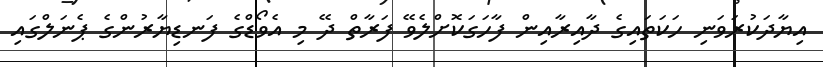
އިޔާދަކުރަވަނި ހަކަތައިގެ ދާއިރާއިން ފާހަގަކޮށްލެވޭ ފަރާތް ދޭ މި އެވޯޑްގެ ފަނޑިޔާރުންގެ ޕެނަލްގައި